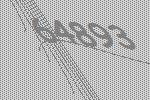
64893